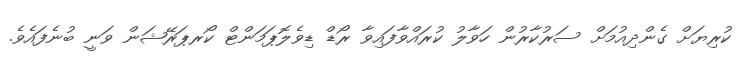
ކުރިޔަށް ގެންދިއުމަށް ސަރުކާރުން ހަވާލު ކުރައްވާފައިވާ ރޯޑް ޑިވެލޮޕަމަންޓް ކޯރޕަރޭޝަން ވަނީ ބުނެފައެވެ.